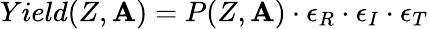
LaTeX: Yield(Z,\mathbf{A})=P(Z,\mathbf{A})\cdot\epsilon_{R}\cdot\epsilon_{I}\cdot\epsilon_{T}